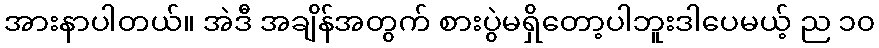
အားနာပါတယ်။ အဲဒီ အချိန်အတွက် စားပွဲမရှိတော့ပါဘူးဒါပေမယ့် ည ၁၀